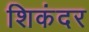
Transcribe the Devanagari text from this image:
शिकंदर